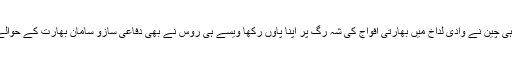
یہ ہی وجہ ہے کہ جیسے ہی چین نے وادی لداخ میں بھارتی افواج کی شہ رگ پر اپنا پاؤں رکھا ویسے ہی روس نے بھی دفاعی سازو سامان بھارت کے حوالے کرنے سے انکار کردیا۔